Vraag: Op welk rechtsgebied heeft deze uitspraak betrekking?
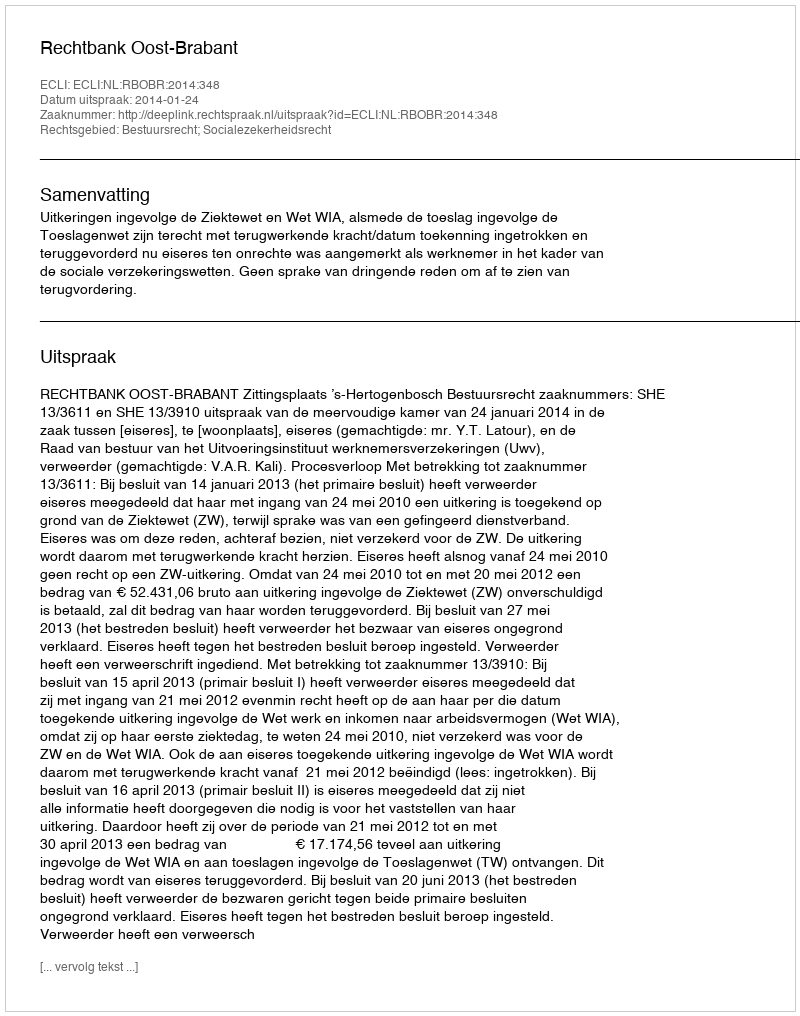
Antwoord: Bestuursrecht; Socialezekerheidsrecht